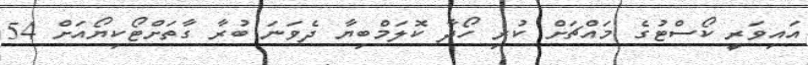
އައިވަރީ ކޯސްޓުގެ މައްޗަށް ކުރި ހޯދާ ކޮލަމްބިޔާ ދެވަނަ ބުރާ ގާތަށްޓޯކިޔޯއަށް 54